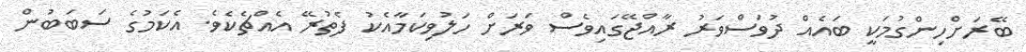
ބޭރަށްހިންގުމަކީ ބައެއް ދުވަސްވަރު ރާއްޖޭގައިވެސް ވަރަށް ހަލުވިކަމާއެކު ފެތުރޭ އެއްޗެކެވެ. އެކަމުގެ ސަބަބުން